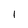
Character: l